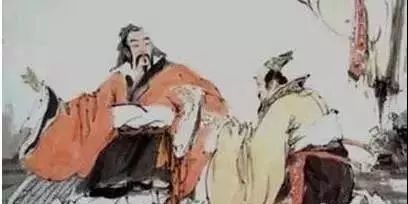
仁也者，人也。合而言之，道也。